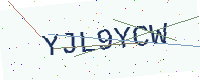
Text: YJL9YCW